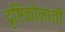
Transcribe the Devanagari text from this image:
दृष्टिकोनाची